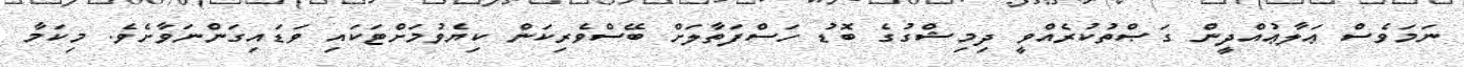
ނަމަވެސް ޢަލާޢުއްދީން ގަޞްތުކުރެއްވީ ދިމިޝްގުގެ ބޮޑު ހަސްފަތާލަށް ބޭސްވެރިކަން ކިޔެވުމަށްޓަކައި ވަޑައިގަންނަވާށެވެ. މިކަމާ